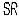
SR